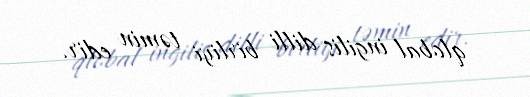
qlobal ingilis dilli birliyi təmin edir.